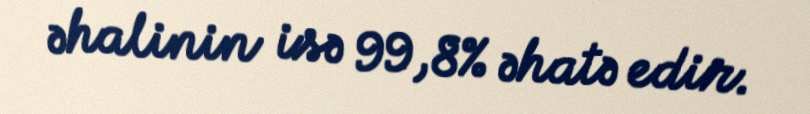
əhalinin isə 99,8% əhatə edir.